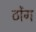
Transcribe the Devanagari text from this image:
ठोंग